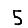
Digit: 5